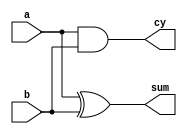
// This program was cloned from: https://github.com/johnwinans/Verilog-Examples
// License: GNU General Public License v3.0

//**************************************************************************
//
//    Copyright (C) 2024  John Winans
//
//    This library is free software; you can redistribute it and/or
//    modify it under the terms of the GNU Lesser General Public
//    License as published by the Free Software Foundation; either
//    version 2.1 of the License, or (at your option) any later version.
//
//    This library is distributed in the hope that it will be useful,
//    but WITHOUT ANY WARRANTY; without even the implied warranty of
//    MERCHANTABILITY or FITNESS FOR A PARTICULAR PURPOSE.  See the GNU
//    Lesser General Public License for more details.
//
//    You should have received a copy of the GNU Lesser General Public
//    License along with this library; if not, write to the Free Software
//    Foundation, Inc., 51 Franklin Street, Fifth Floor, Boston, MA  02110-1301
//    USA
//
//**************************************************************************

`default_nettype none

/**
* This will calculate the sum of a and b.
*
* @warning Keep in mind that the buttons and LEDs on the 2057 (and 
* other boards) are low when pressed and high when released and the LEDs 
* are lit when the output signal from the FPGA low!
**************************************************************************/
module top (
    input wire      a,
    input wire      b,
    output wire     sum,
    output wire     cy 
    );

    assign sum = a ^ b;
    assign  cy = a & b;

endmodule